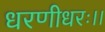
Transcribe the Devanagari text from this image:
धरणीधरः।।